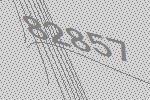
82857